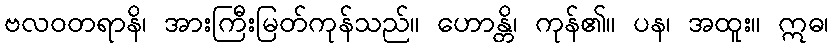
ဗလဝတရာနိ၊ အားကြီးမြတ်ကုန်သည်။ ဟောန္တိ၊ ကုန်၏။ ပန၊ အထူး။ ဣဓ၊